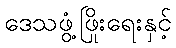
ဒေသဖွံ့ဖြိုးရေးနှင့်